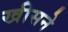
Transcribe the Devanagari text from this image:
खीसने